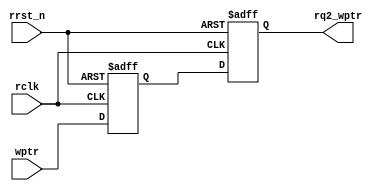
module synchro_W2r #(parameter ADDRSIZE = 4)
 (output reg [ADDRSIZE:0] rq2_wptr,
 input [ADDRSIZE:0] wptr,
 input rclk, rrst_n);
 reg [ADDRSIZE:0] rq1_wptr;
 
 always @(posedge rclk or negedge rrst_n)
 begin
 if (!rrst_n) 
 begin
 rq2_wptr <=0; 
 rq1_wptr <= 0;
 end
 
 else 
 begin
 rq1_wptr <= wptr;
 rq2_wptr <= rq1_wptr;
 end
 end
endmodule